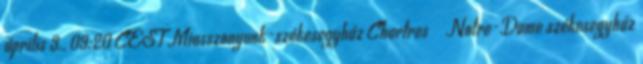
április 3., 09:20 CEST Miasszonyunk-székesegyház Chartres → Notre-Dame székesegyház